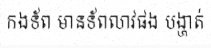
កងទ័ព មានទ័ពលាវផង បង្ហាត់